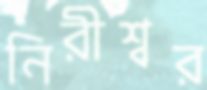
নিরীশ্বর